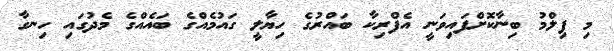
މި ފިލްމު ބިނާކޮށްފައިވަނީ އެފްރިކާ ބައްރުގެ ހިޔާލީ ގައުމެއްގެ ބައެއްގެ މެދުގައި ހިނގާ